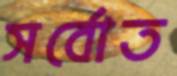
সর্বোত